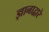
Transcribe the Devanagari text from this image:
ज्ञानाद्वारे